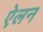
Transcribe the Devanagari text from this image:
एेलन